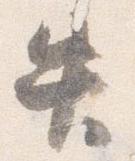
失